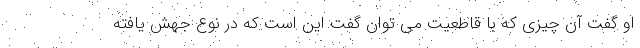
او گفت آن چیزی که با قاطعیت می توان گفت این است که در نوع جهش یافته